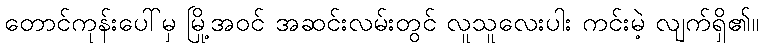
တောင်ကုန်းပေါ်မှ မြို့အဝင် အဆင်းလမ်းတွင် လူသူလေးပါး ကင်းမဲ့ လျက်ရှိ၏။